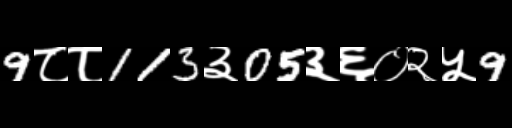
Text: 9८८113३05३६०२५9